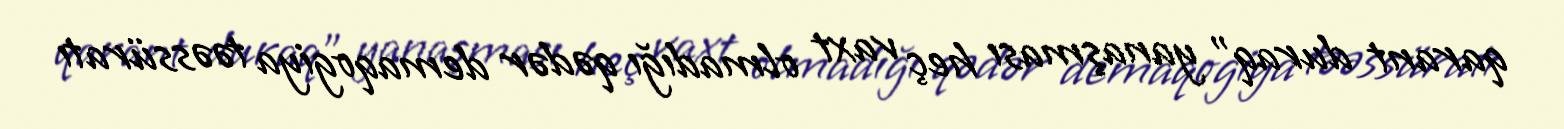
qarant duraq” yanaşması heç vaxt olmadığı qədər demaqogiya təəssüratı